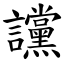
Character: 讜